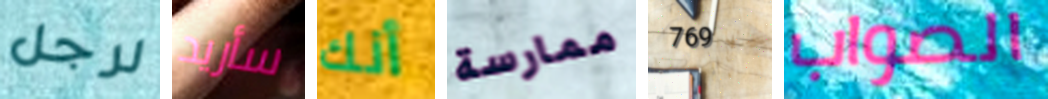
لرجل سأريد أنك ممارسة 769 الصواب